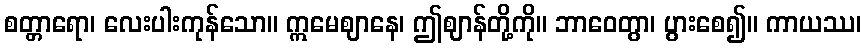
စတ္တာရော၊ လေးပါးကုန်သော။ ဣမေဈာနေ၊ ဤဈာန်တို့ကို။ ဘာဝေတွာ၊ ပွားစေ၍။ ကာယဿ၊